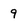
Character: 9